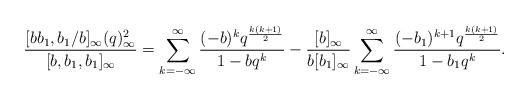
LaTeX: \begin{align*}\frac{[bb_1,b_1/b]_\infty(q)_\infty^2}{[b,b_1,b_1]_\infty}=\sum_{k=-\infty}^\infty\frac{(-b)^kq^{\frac{k(k+1)}{2}}}{1-bq^k}-\frac{[b]_\infty}{b[b_1]_\infty}\sum_{k=-\infty}^\infty\frac{(-b_1)^{k+1}q^{\frac{k(k+1)}{2}}}{1-b_1q^k} .\end{align*}